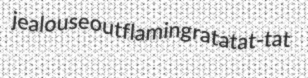
jealouse outflaming ratatat-tat